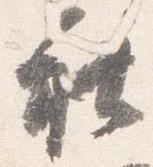
社